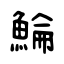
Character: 鯩